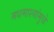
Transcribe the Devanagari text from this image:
मधमाश्यांमुळे